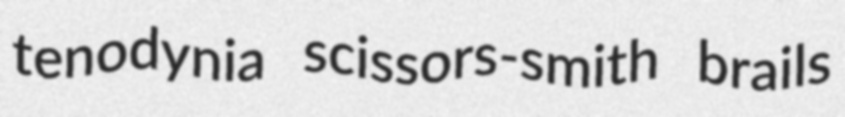
tenodynia scissors-smith brails